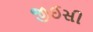
જીઈસી